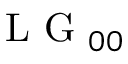
\mathrm { ~ L ~ G ~ } _ { 0 0 }